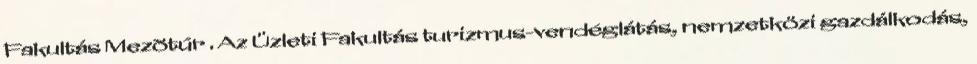
Fakultás Mezõtúr . Az Üzleti Fakultás turizmus-vendéglátás, nemzetközi gazdálkodás,